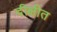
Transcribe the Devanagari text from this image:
दीक्षीत